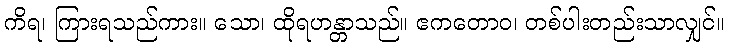
ကိရ၊ ကြားရသည်ကား။ သော၊ ထိုရဟန္တာသည်။ ဧကတောဝ၊ တစ်ပါးတည်းသာလျှင်။